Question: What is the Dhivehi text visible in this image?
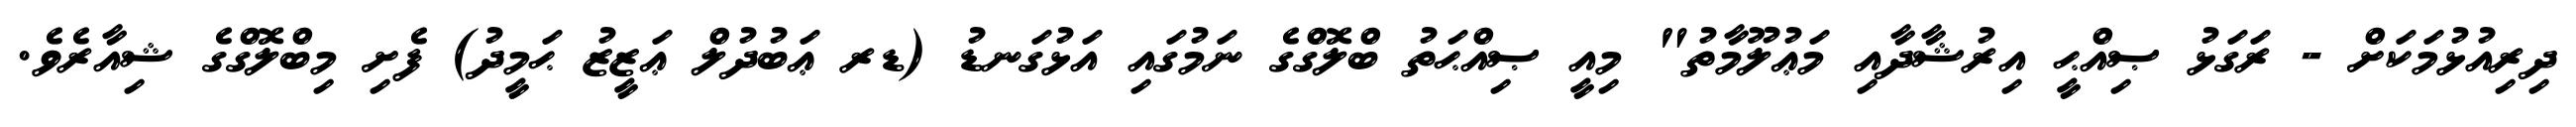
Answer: ދިރިއުޅުމަކަށް - ރަގަޅު ޞިއްޙީ އިރުޝާދާއި މަޢުލޫމާތު" މިއީ ޞިއްޙަތު ބްލޮގްގެ ނަމުގައި އަޅުގަނޑު (ޑރ ޢަބުދުލް ޢަޒީޒު ޙަމީދު) ފެށި މިބްލޮގްގެ ޝިއާރެވެ.